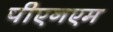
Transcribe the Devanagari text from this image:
पीएनएम